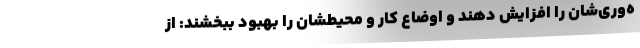
ه‌وری‌شان را افزایش دهند و اوضاع کار و محیطشان را بهبود ببخشند: از